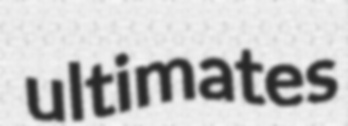
ultimates